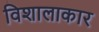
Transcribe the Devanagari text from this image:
विशालाकार